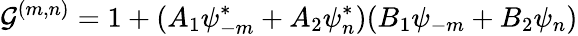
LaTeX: {\cal G}^{(m,n)}=1+(A_{1}\psi_{-m}^{\ast}+A_{2}\psi_{n}^{\ast})(B_{1}\psi_{-m}+B_{2}\psi_{n})